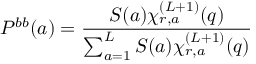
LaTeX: P ^ { b b } ( a ) = \frac { S ( a ) \chi _ { r , a } ^ { ( L + 1 ) } ( q ) } { \sum _ { a = 1 } ^ { L } S ( a ) \chi _ { r , a } ^ { ( L + 1 ) } ( q ) }